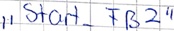
Text: "Start_FB2"